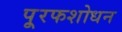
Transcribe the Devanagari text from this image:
पू्रफशोधन